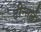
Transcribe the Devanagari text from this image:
टीन्सले